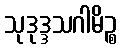
သုဒုဒ္ဒသဂါမိဉ္စ